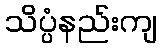
သိပ္ပံနည်းကျ